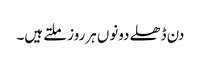
دن ڈھلے دونوں ہرروز ملتے ہیں۔